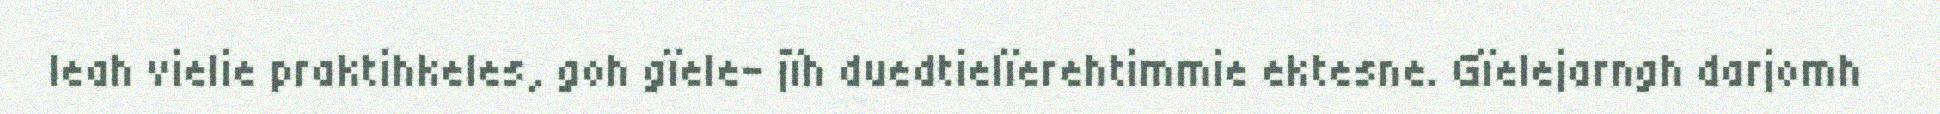
leah vielie praktihkeles, goh gïele- jïh duedtielïerehtimmie ektesne. Gïelejarngh darjomh